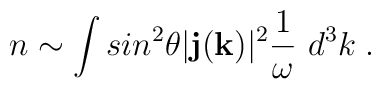
n\sim\int  sin^2\theta |{\bf j}({\bf k})|^2{1\over \omega}~ d^3k\;.